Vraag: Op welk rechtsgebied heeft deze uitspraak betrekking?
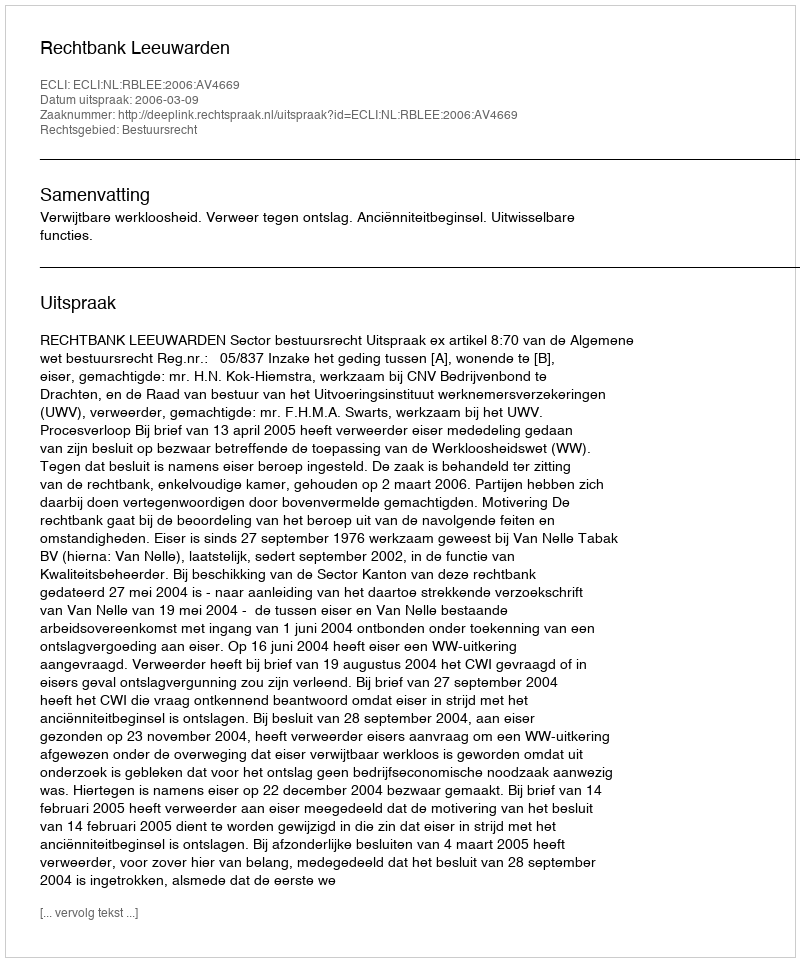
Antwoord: Bestuursrecht